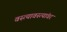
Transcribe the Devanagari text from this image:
वस्त्यावस्त्यांवर